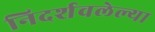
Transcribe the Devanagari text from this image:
निदर्शवलेल्या